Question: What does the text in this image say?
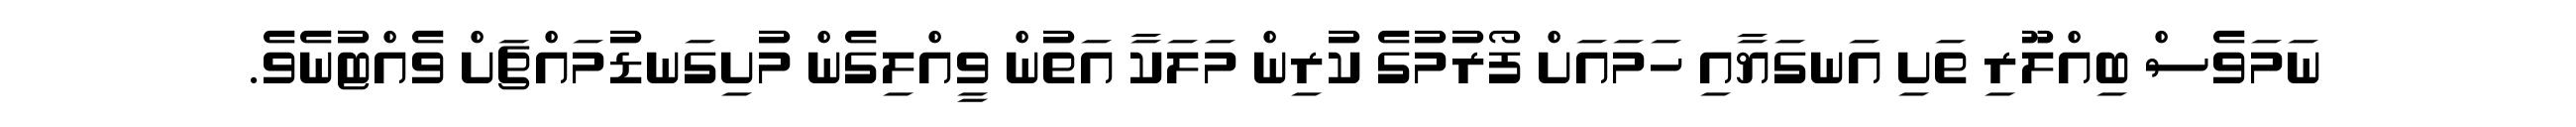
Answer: ނަމަވެސް ބިއްލޫރި ތަށި އަނގަޔާއި ހަމައަށް ފޯރުމުގެ ކުރިން މަލަކާ އަތުން ވީއްލިގެން މުށިގަނޑުމައްޗަށް ވެއްޓުނެވެ.